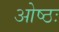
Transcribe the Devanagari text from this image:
ओष्ठः